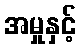
အမှုနှင့်